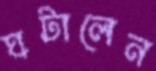
ঘটালেন